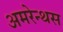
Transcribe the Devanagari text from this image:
अमरेन्थस